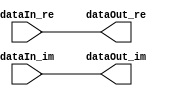
// -------------------------------------------------------------
// 
// 
// Generated by MATLAB 9.13 and HDL Coder 4.0
// 
// -------------------------------------------------------------


// -------------------------------------------------------------
// 
// Module: Gain_Correction
// Source Path: DUCforLTEHDL/HDL_DUC/Gain Correction
// Hierarchy Level: 1
// 
// -------------------------------------------------------------

`timescale 1 ns / 1 ns

module Gain_Correction
          (dataIn_re,
           dataIn_im,
           dataOut_re,
           dataOut_im);


  input   signed [17:0] dataIn_re;  // sfix18_En12
  input   signed [17:0] dataIn_im;  // sfix18_En12
  output  signed [17:0] dataOut_re;  // sfix18_En14
  output  signed [17:0] dataOut_im;  // sfix18_En14


  wire signed [17:0] Data_Type_Conversion_out1_re;  // sfix18_En14
  wire signed [17:0] Data_Type_Conversion_out1_im;  // sfix18_En14

  // Divide by 4096
  // To right-shift by 12 bits, reinterpret the number to have 
  // 20 fractional bits rather than 8 fractional bits.


  assign Data_Type_Conversion_out1_re = dataIn_re;
  assign Data_Type_Conversion_out1_im = dataIn_im;



  assign dataOut_re = Data_Type_Conversion_out1_re;

  assign dataOut_im = Data_Type_Conversion_out1_im;

endmodule  // Gain_Correction